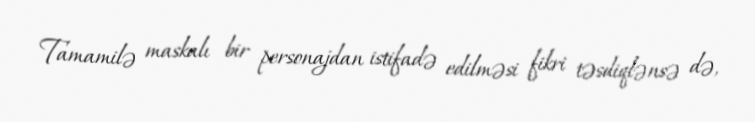
Tamamilə maskalı bir personajdan istifadə edilməsi fikri təsdiqlənsə də,